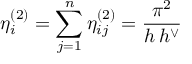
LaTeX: \eta _ { i } ^ { ( 2 ) } = \sum _ { j = 1 } ^ { n } \eta _ { i j } ^ { ( 2 ) } = \frac { \pi ^ { 2 } } { h \, h ^ { \vee } }